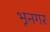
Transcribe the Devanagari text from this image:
भूनगर